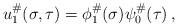
LaTeX: \begin{align*} u_1^\#(\sigma,\tau) = \phi_1^\#(\sigma) \psi_0^\# (\tau)\,,\end{align*}